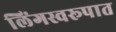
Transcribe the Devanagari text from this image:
लिंगस्वरूपात